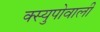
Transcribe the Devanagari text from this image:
क्स्युपोवाली